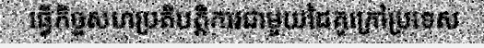
ធ្វើកិច្ចសហប្រតិបត្តិការជាមួយដៃគូក្រៅប្រទេស